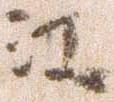
江